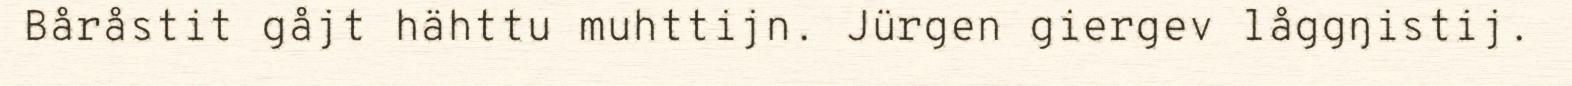
Båråstit gåjt hähttu muhttijn. Jürgen giergev låggŋistij.